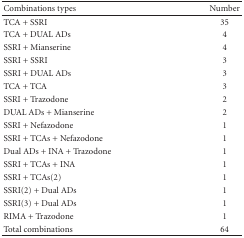
<table><thead><tr><td><b>Combinations types</b></td><td><b>Number</b></td></tr></thead><tbody><tr><td>TCA + SSRI</td><td>35</td></tr><tr><td>TCA + DUAL ADs</td><td>4</td></tr><tr><td>SSRI + Mianserine</td><td>4</td></tr><tr><td>SSRI + SSRI</td><td>3</td></tr><tr><td>SSRI + DUAL ADs</td><td>3</td></tr><tr><td>TCA + TCA</td><td>3</td></tr><tr><td>SSRI + Trazodone</td><td>2</td></tr><tr><td>DUAL ADs + Mianserine</td><td>2</td></tr><tr><td>SSRI + Nefazodone</td><td>1</td></tr><tr><td>SSRI + TCAs + Nefazodone</td><td>1</td></tr><tr><td>Dual ADs + INA + Trazodone</td><td>1</td></tr><tr><td>SSRI + TCAs + INA</td><td>1</td></tr><tr><td>SSRI + TCAs(2)</td><td>1</td></tr><tr><td>SSRI(2) + Dual ADs</td><td>1</td></tr><tr><td>SSRI(3) + Dual ADs</td><td>1</td></tr><tr><td>RIMA + Trazodone</td><td>1</td></tr><tr><td>Total combinations</td><td>64</td></tr></tbody></table>